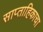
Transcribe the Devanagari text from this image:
साप्‍ताहिकाचा